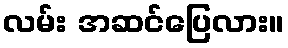
လမ်း အဆင်ပြေလား။